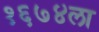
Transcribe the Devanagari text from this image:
१६७४ला